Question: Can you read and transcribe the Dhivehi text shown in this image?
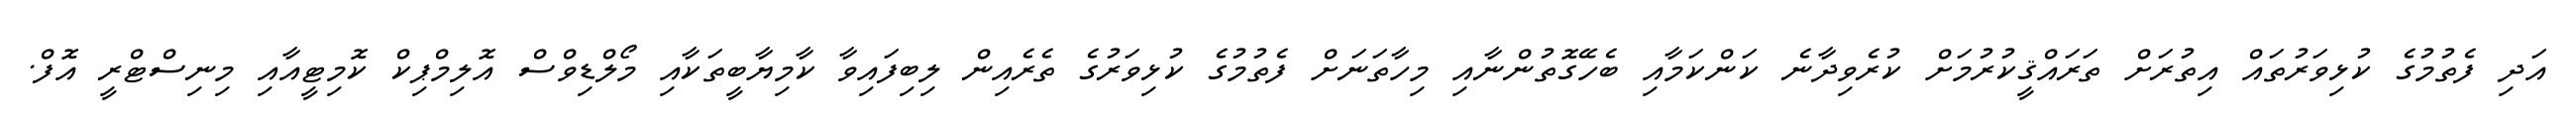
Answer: އަދި ފެތުމުގެ ކުޅިވަރުތައް އިތުރަށް ތަރައްޤީކުރުމަށް ކުރެވިދާނެ ކަންކަމާއި ބެހޭގޮތުންނާއި މިހާތަނަށް ފެތުމުގެ ކުޅިވަރުގެ ތެރެއިން ލިބިފައިވާ ކާމިޔާބީތަކާއި މޯލްޑިވްސް އޮލިމްޕިކް ކޮމިޓީއާއި މިނިސްޓްރީ އޮފް.